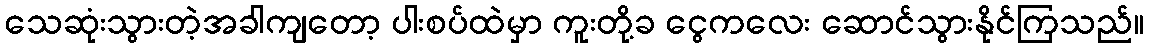
သေဆုံးသွားတဲ့အခါကျတော့ ပါးစပ်ထဲမှာ ကူးတို့ခ ငွေကလေး ဆောင်သွားနိုင်ကြသည်။